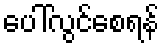
ပေါ်လွင်စေရန်